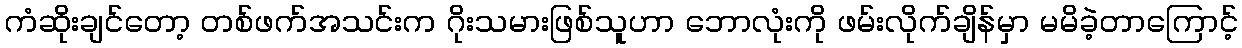
ကံဆိုးချင်တော့ တစ်ဖက်အသင်းက ဂိုးသမားဖြစ်သူဟာ ဘောလုံးကို ဖမ်းလိုက်ချိန်မှာ မမိခဲ့တာကြောင့်